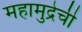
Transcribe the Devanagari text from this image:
महामुद्रेची